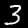
Digit: 3